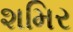
શમિર